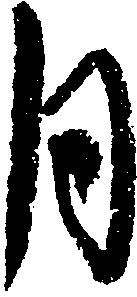
月